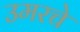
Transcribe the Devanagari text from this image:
उमरचे